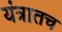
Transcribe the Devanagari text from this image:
यंत्रातच